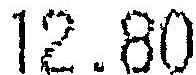
12.80